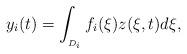
LaTeX: \begin{align*}\ y_{i}(t)=\int_{_{D_{i}}}f_{i}(\xi)z(\xi,t)d\xi,\end{align*}